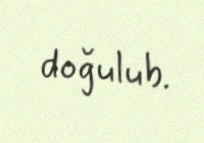
doğulub.